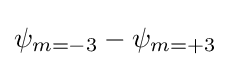
\psi _{m=-3}-\psi _{m=+3}